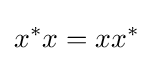
x^{\ast }x=xx^{\ast }